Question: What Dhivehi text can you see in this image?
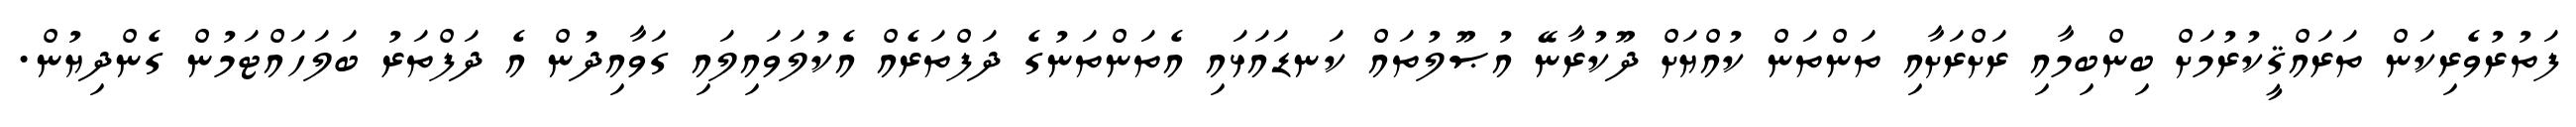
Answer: ފަތުރުވެރިކަން ތަރައްޤީކުރުމަށް ބިންބިމާއި ރަށްރަށާއި ތަންތަން ކުއްޔަށް ދޫކުރާނޭ އުޞޫލުތައް ކަނޑައަޅައި އެތަންތަނުގެ ދަފްތަރެއް އެކުލަވައިލައި ގަވާއިދުން އެ ދަފްތަރު ބަލަހައްޓަމުން ގެންދިޔުން.